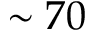
\sim 7 0